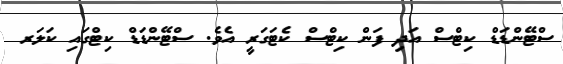
ސްޓޭންޑަޑް ކިޓްސް އަދި ފަން ކިޓްސް ކެޓަގަރީ އެވެ. ސްޓޭންޑަޑް ކިޓްގައި ކަލަރ